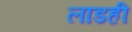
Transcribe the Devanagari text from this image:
लाडही